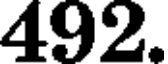
492.